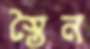
স্তৈন